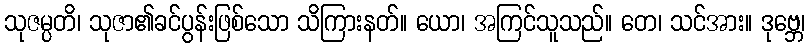
သုဇမ္ပတိ၊ သုဇာ၏ခင်ပွန်းဖြစ်သော သိကြားနတ်။ ယော၊ အကြင်သူသည်။ တေ၊ သင်အား။ ဒုဗ္ဘေ၊